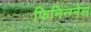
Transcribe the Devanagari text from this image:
फिनिन्ग्नेस